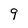
Character: 9